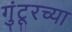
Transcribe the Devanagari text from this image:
गुंटूरच्या